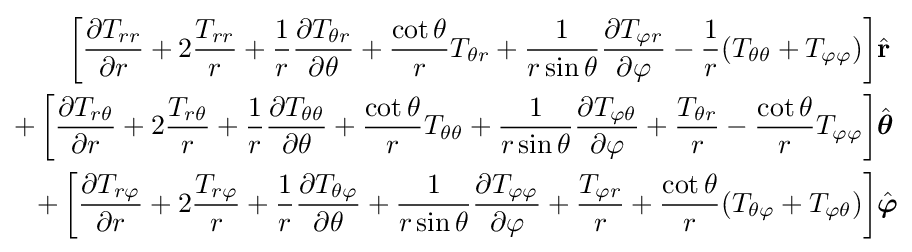
{\begin{aligned}\left[{\frac {\partial T_{rr}}{\partial r}}+2{\frac {T_{rr}}{r}}+{\frac {1}{r}}{\frac {\partial T_{\theta r}}{\partial \theta }}+{\frac {\cot \theta }{r}}T_{\theta r}+{\frac {1}{r\sin \theta }}{\frac {\partial T_{\varphi r}}{\partial \varphi }}-{\frac {1}{r}}(T_{\theta \theta }+T_{\varphi \varphi })\right]&{\hat {\mathbf {r} }}\\+\left[{\frac {\partial T_{r\theta }}{\partial r}}+2{\frac {T_{r\theta }}{r}}+{\frac {1}{r}}{\frac {\partial T_{\theta \theta }}{\partial \theta }}+{\frac {\cot \theta }{r}}T_{\theta \theta }+{\frac {1}{r\sin \theta }}{\frac {\partial T_{\varphi \theta }}{\partial \varphi }}+{\frac {T_{\theta r}}{r}}-{\frac {\cot \theta }{r}}T_{\varphi \varphi }\right]&{\hat {\boldsymbol {\theta }}}\\+\left[{\frac {\partial T_{r\varphi }}{\partial r}}+2{\frac {T_{r\varphi }}{r}}+{\frac {1}{r}}{\frac {\partial T_{\theta \varphi }}{\partial \theta }}+{\frac {1}{r\sin \theta }}{\frac {\partial T_{\varphi \varphi }}{\partial \varphi }}+{\frac {T_{\varphi r}}{r}}+{\frac {\cot \theta }{r}}(T_{\theta \varphi }+T_{\varphi \theta })\right]&{\hat {\boldsymbol {\varphi }}}\end{aligned}}